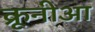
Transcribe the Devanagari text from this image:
क्रूनीआ